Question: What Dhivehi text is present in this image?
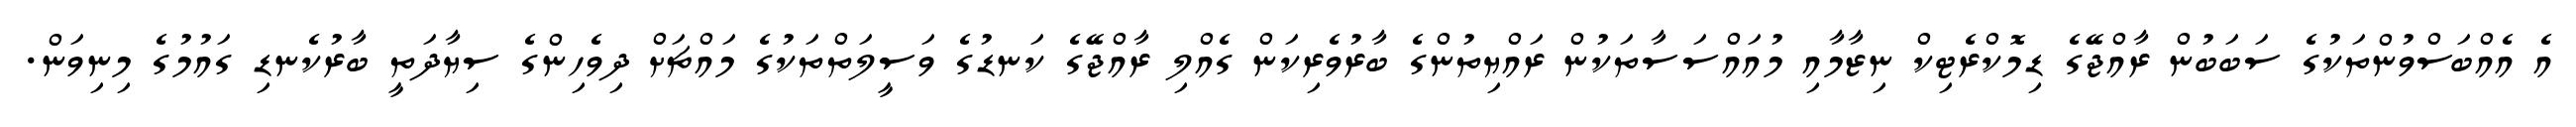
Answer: އެ އެއްބަސްވުންތަކުގެ ސަބަބުން ރާއްޖޭގެ ޑިމޮކްރެޓިކް ނިޒާމާއި މުއައްސަސާތަކުން ރައްޔިތުންގެ ބާރުވެރިކަން ގެއްލި ރާއްޖޭގެ ކަނޑުގެ ވަސީލަތްތަކުގެ މައްޗަށް ދިވެހިންގެ ސިޔާދަތީ ބާރުކެނޑި ގައުމުގެ މިނިވަން.